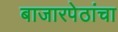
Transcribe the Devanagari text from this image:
बाजारपेठांचा